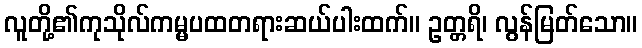
လူတို့၏ကုသိုလ်ကမ္မပထတရားဆယ်ပါးထက်။ ဥတ္တရိ၊ လွန်မြတ်သော။